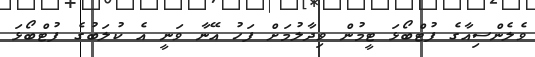
ވެލެންސިއާގެ ފުޓްބޯޅަ ޓީމުން ވިދާލުމަށް ފަހު އޭނާ ވަނީ އެ ކުލަބުގެ ފުޓްބޯޅަ